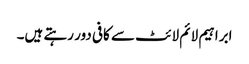
ابراہیم لائم لائٹ سے کافی دور رہتے ہیں۔